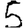
Digit: 5